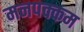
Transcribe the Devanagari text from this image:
मनपक्कम